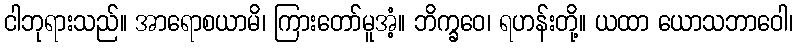
ငါဘုရားသည်။ အာရောစယာမိ၊ ကြားတော်မူအံ့။ ဘိက္ခဝေ၊ ရဟန်းတို့။ ယထာ ယောသဘာဝေါ၊